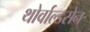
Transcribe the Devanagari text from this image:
थोर्वाल्डसेन